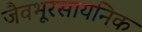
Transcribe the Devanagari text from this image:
जैवभूरसायनिक